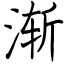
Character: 渐